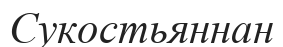
Сукостьяннан